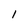
Character: 1